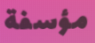
مؤسفة